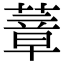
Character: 蔁